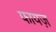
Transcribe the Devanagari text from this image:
फायज़